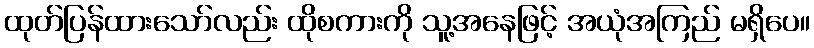
ထုတ်ပြန်ထားသော်လည်း ထိုစကားကို သူ့အနေဖြင့် အယုံအကြည် မရှိပေ။